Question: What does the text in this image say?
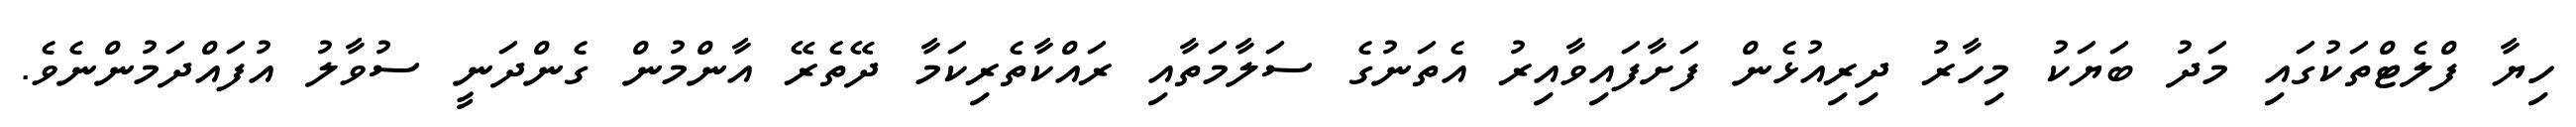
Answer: ހިޔާ ފްލެޓްތަކުގައި މަދު ބަޔަކު މިހާރު ދިރިއުޅެން ފަށާފައިވާއިރު އެތަނުގެ ސަލާމަތާއި ރައްކާތެރިކަމާ ދޭތެރޭ އާންމުން ގެންދަނީ ސުވާލު އުފައްދަމުންނެވެ.